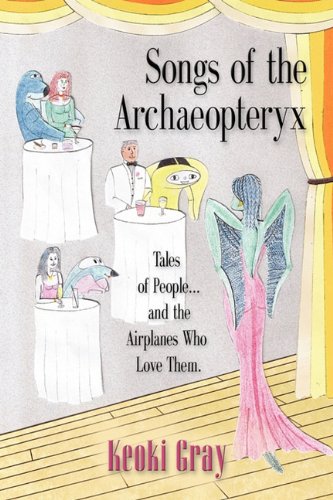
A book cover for Songs of the Archaeopteryx: Tales of People...and the Airplanes Who Love Them; Keoki Gray; Literature & Fiction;